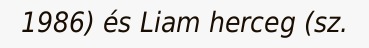
1986) és Liam herceg (sz.